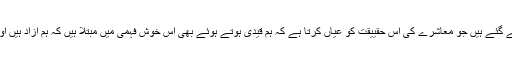
ہمیں اپنے حالات کی حقیقت بتانے کے لیے ان مجسموں کی پِیٹھ پر قلم سے پَر بنائے گئے ہیں جو معاشرے کی اس حقییقت کو عیاں کرتا ہے کہ ہم قیدی ہوتے ہوئے بھی اس خوش فہمی میں مُبتلا ہیں کہ ہم آزاد ہیں اور میرے نزدیک ہماری پستی اور بدحالی کی بنیادی وجہ ہماری یہ خوش فہمی ہے۔